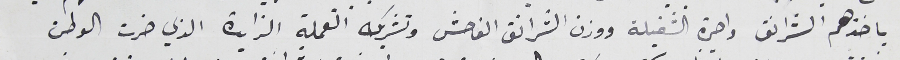
باخذهم الشرانق واجرة الشغيلة ووزن الشرانق الفاحش وتشربك العملة الزايدة الذي ضرت الوطن